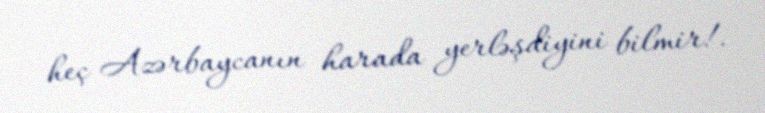
heç Azərbaycanın harada yerləşdiyini bilmir!.